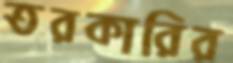
তরকারির